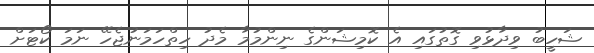
ޝަހީބު ވިދާޅުވި ގޮތުގައި އެ ކޮމިޝަންގެ ނިންމުމާ މެދު ހިތްހަމަނުޖެހޭ ނަމަ ކޯޓަށް